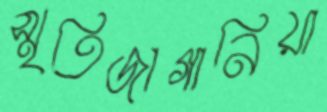
স্মৃতিজাগানিয়া